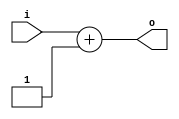
module incr(o,i);
   output reg [3:0] o;
   input [3:0] 	    i;

   always @(i)
     o = i+1;
endmodule // incr

module cntr(o, c, pulse);
   output reg [3:0] o;
   input 	    c, pulse;
   wire [3:0] 	    tmp;
   
   incr myincr(tmp, o);
   
   initial
     o=0;

   always @(posedge pulse)
     if (c)
       o <= tmp;

endmodule // cntr

module testbed;
   reg pulse;
   reg c;
   wire [3:0] o;

   cntr mycntr(o, c, pulse);
   
   initial
     begin
	c = 0;
	pulse = 0;
	
	repeat (35)
	  begin
	     #5 pulse = ~pulse;
	     #1 $display("cntr = %h",o);
	  end
	$finish;
     end
endmodule // testbed